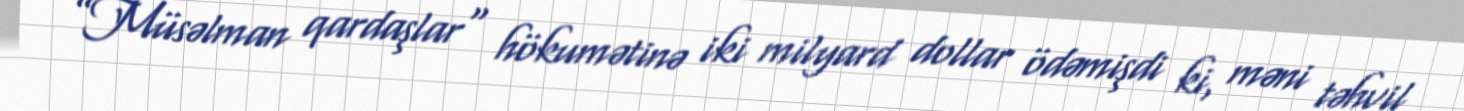
”Müsəlman qardaşlar" hökumətinə iki milyard dollar ödəmişdi ki, məni təhvil